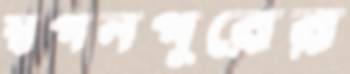
স্বপনপুরের